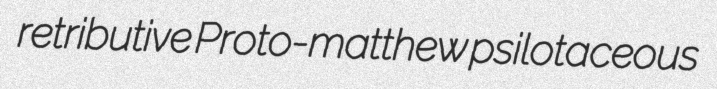
retributive Proto-matthew psilotaceous